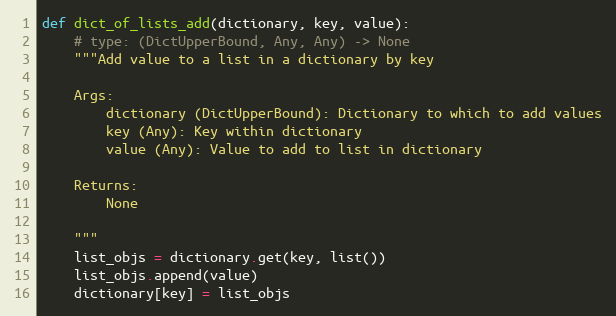
Language: Python
def dict_of_lists_add(dictionary, key, value):
    # type: (DictUpperBound, Any, Any) -> None
    """Add value to a list in a dictionary by key

    Args:
        dictionary (DictUpperBound): Dictionary to which to add values
        key (Any): Key within dictionary
        value (Any): Value to add to list in dictionary

    Returns:
        None

    """
    list_objs = dictionary.get(key, list())
    list_objs.append(value)
    dictionary[key] = list_objs